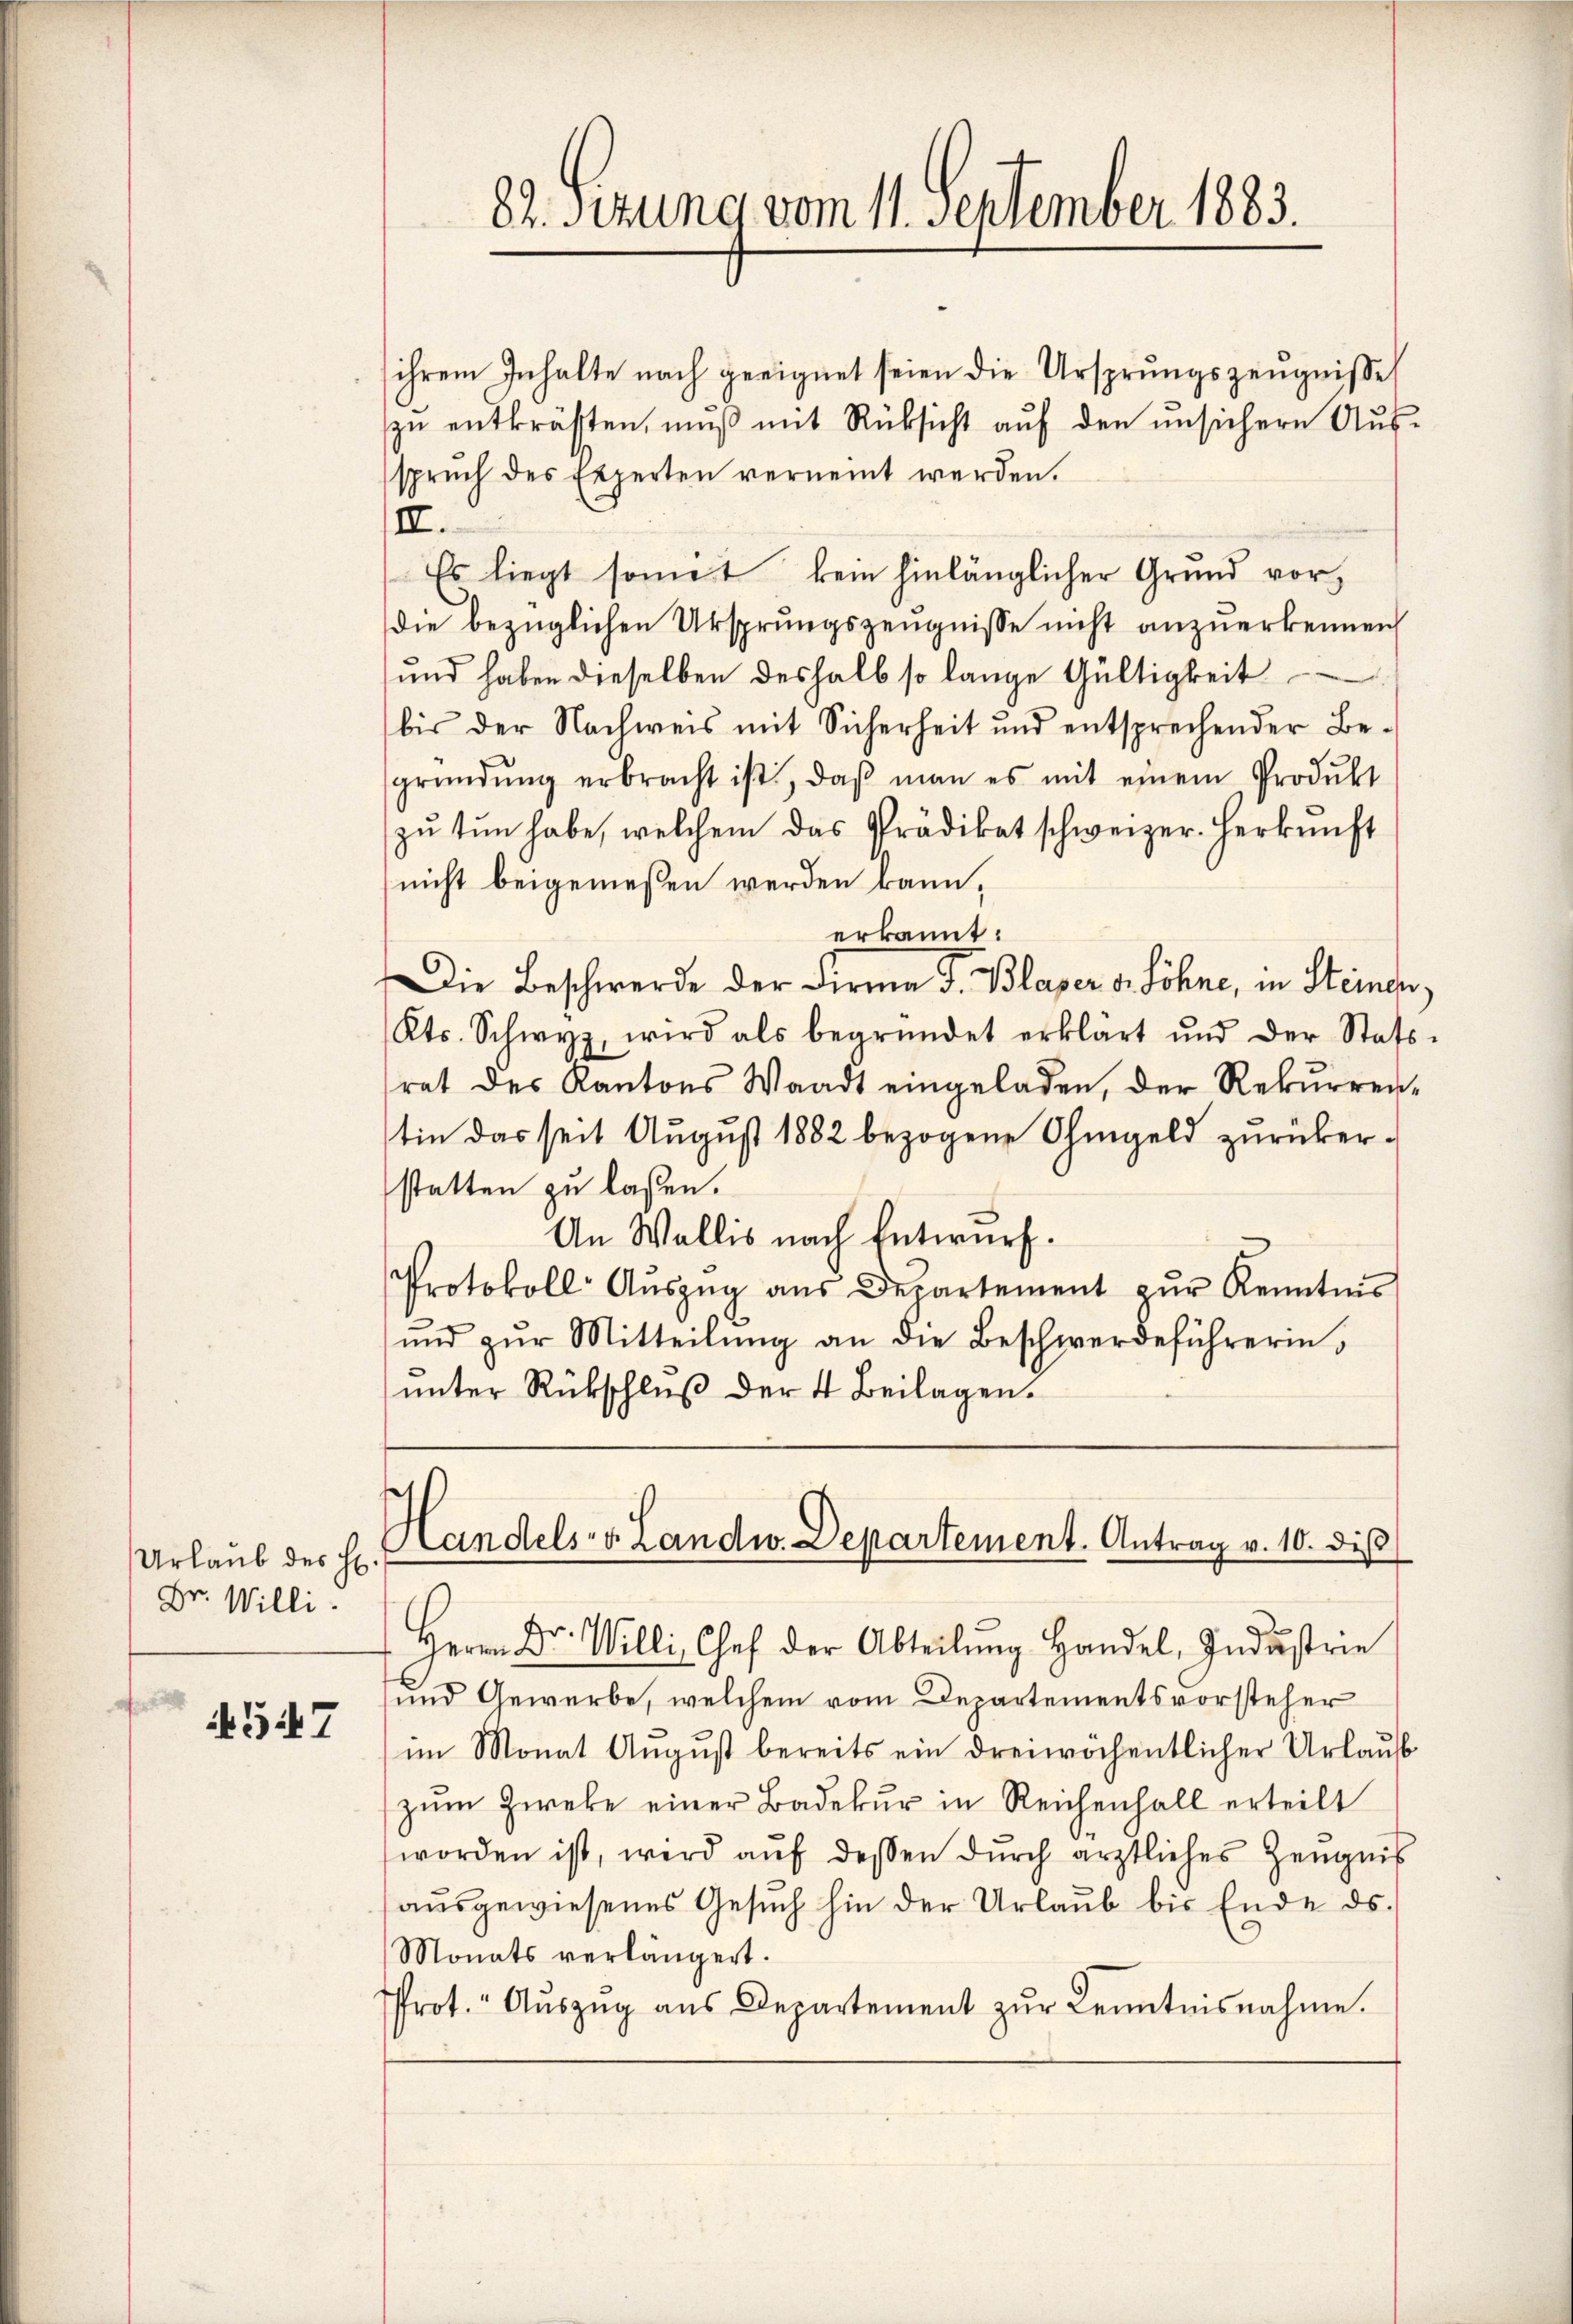
Urlaub des H.
Dr. Willi

547

82. Sitzung vom 11. September 1883.

Handels- u. Landw. Departement. Antrag v. 10. dis

ihrem Inhalte nach geeignet seien die Ursprungszeugniße
zu entkräften, muß mit Rücksicht auf den unsichere Aus-
sprŭch des Experten vernennt werden.
II.
Es liegt somit kein hinlänglicher Grund vor,
die bezüglichen Ursprungszeugnisse nicht anzuerkennen
und haben dieselben deshalb so lange Gültigkeit
bis der Nachweis mit Sicherheit und entsprechender Besgründŭng erbracht ist, daβ man es mit einem Produkt
zŭ tun habe, welchem das Prädikat schweizer. Herkŭnft
nicht beigemessen werden kann,
erkannt:
Die Beschwerde der Firme S. Blaser v. Söhne, in Steinen,
Kts. Schwyz, wird als begründet erklärt und der Stats-
rat des Kantons Waadt eingeladen, der Rekurrentin das seit August 1882 bezogene Ohmgeld zurükerstatten zu laßen.
An Wallis nach Entwurf.
Protokoll Aŭszŭg aŭs Departement zŭr Kenntnis
und zur Mitteilung an die Beschwerdeführerin,
unter Rückschluß der 4 Beilagen.

Herrn Dr. Willi, Chef der Abteilŭng Handel, Industrie
und Gewerbe, welchem vom Departementsvorsteher
im Monat August bereits ein dreiwöchentlicher Urlauf
zŭm Zwecke einer Badekŭr in Reichenhall erteilt
worden ist, wird aŭf dessen dŭrch ärztliches Zeugnis
aŭsgewiesenes Gesŭch hin der Urlaŭb bis Ende ds.
Monats verlängert.
Prot. " Aŭszŭg aŭs Departement zŭr Kenntnisnahme.